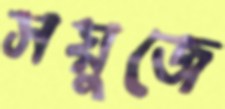
সয়ুজে